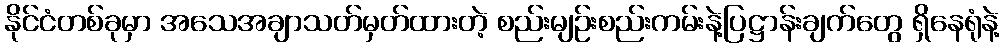
နိုင်ငံတစ်ခုမှာ အသေအချာသတ်မှတ်ထားတဲ့ စည်းမျဉ်းစည်းကမ်းနဲ့ပြဋ္ဌာန်းချက်တွေ ရှိနေရုံနဲ့